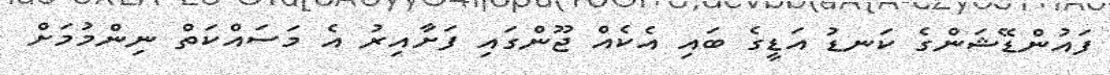
ފައުންޑޭޝަންގެ ކަނޑު އަޑީގެ ބައި އެކެއް ޖޫންގައި ފަށާއިރު އެ މަސައްކަތް ނިންމުމަށް